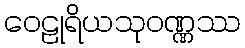
ဝေဠုရိယသုဝဏ္ဏဿ